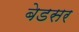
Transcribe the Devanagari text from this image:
बेडसर